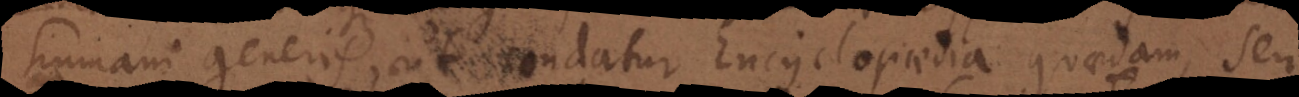
humani generis, ut condatur Encyclopaedia quaedam, seu